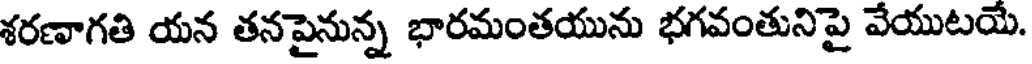
శరణాగతి యన తనపైనున్న భారమంతయును భగవంతునిపై వేయుటయే